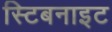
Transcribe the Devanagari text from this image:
स्टिबनाइट